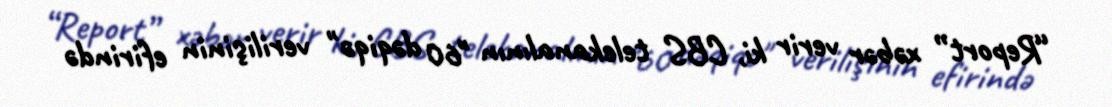
“Report” xəbər verir ki, CBS telekanalının "60 dəqiqə" verilişinin efirində